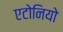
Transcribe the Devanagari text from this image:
एटोनियो